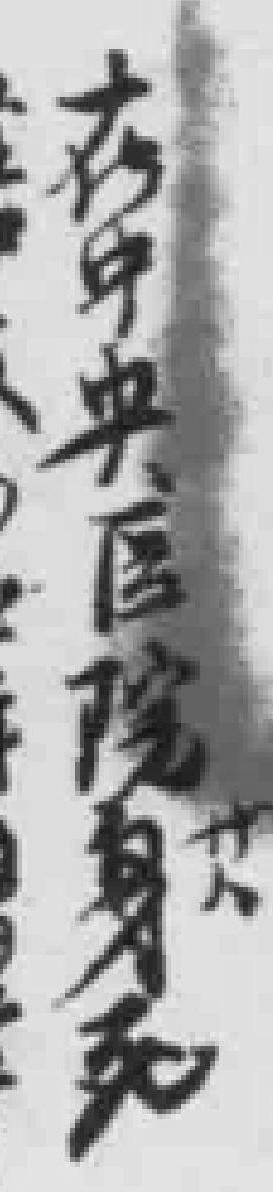
在中央医院身死